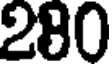
280